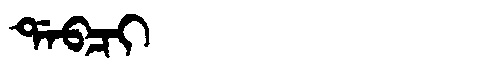
Manchu: ᡩᠠᠪᠴᡳ
Romanization: DABCI